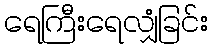
ရေကြီးရေလျှံခြင်း